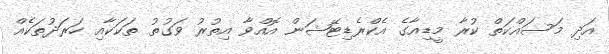
އަދި މަސައްކަތް ކުރާ މީޑިއާގެ އެކްރެޑިޓޭޝަން އޮއްވާ އިތުރު ވަގުތު ތަކަކާއި ހަރަދުތަކެއް